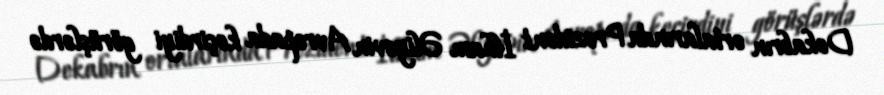
Dekabrın ortalarında Prezident İlham Əliyevin Avropada keçirdiyi görüşlərdə